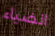
الضياء